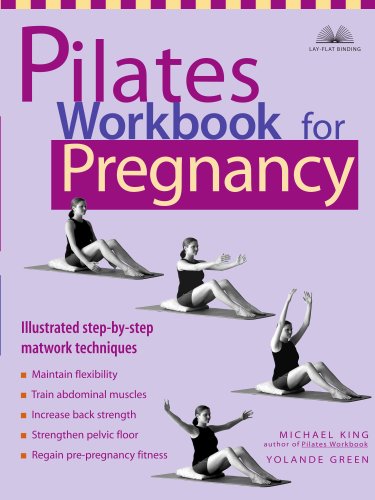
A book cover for Pilates Workbook for Pregnancy: Illustrated Step-by-Step Matwork Techniques; Michael King; Health, Fitness & Dieting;